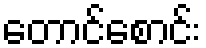
တောင်စောင်း